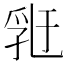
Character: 𠄀